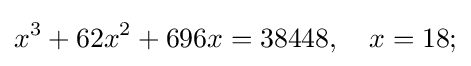
x^{3}+62x^{2}+696x=38448,\quad x=18;